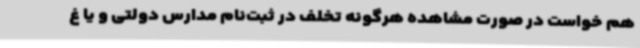
هم خواست در صورت مشاهده هرگونه تخلف در ثبت‌نام مدارس دولتی و یا غ